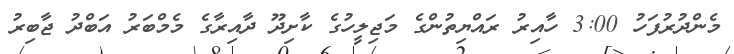
މެންދުރުފަހު 3:00 ހާއިރު ރައްޔިތުންގެ މަޖިލީހުގެ ކާށިދޫ ދާއިރާގެ މެމްބަރު އަބްދު ޖާބިރު